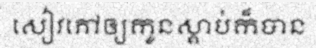
សៀវភៅឲ្យកូនស្តាប់ក៏បាន